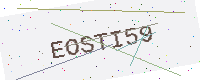
Text: EOSTI59